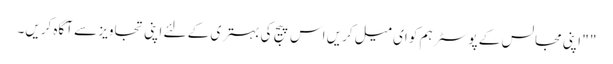
" " اپنی مجالس کے پوسٹر ہم کو ای میل کریں اس پیج کی بہتری کے لئے اپنی تجاویز سے آگاہ کریں۔